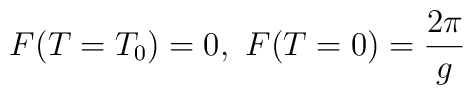
F(T=T_0)=0 , \ F(T=0)=\frac{2\pi}{g}